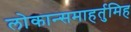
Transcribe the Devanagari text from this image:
लोकान्समाहर्तुमिह